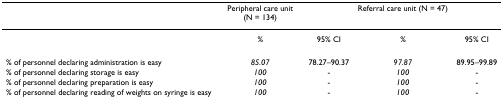
|  | Peripheral care unit (N = 134) |  | Referral care unit (N = 47) |  |
 | --- | --- | --- | --- | --- |
 |  | % | 95% CI | % | 95% CI |
 | % of personnel declaring administration is easy | 85.07 | 78.27–90.37 | 97.87 | 89.95–99.89 |
 | % of personnel declaring storage is easy | 100 | - | 100 | - |
 | % of personnel declaring preparation is easy | 100 | - | 100 | - |
 | % of personnel declaring reading of weights on syringe is easy | 100 | - | 100 | - |